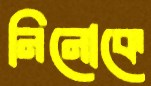
নিনোকে